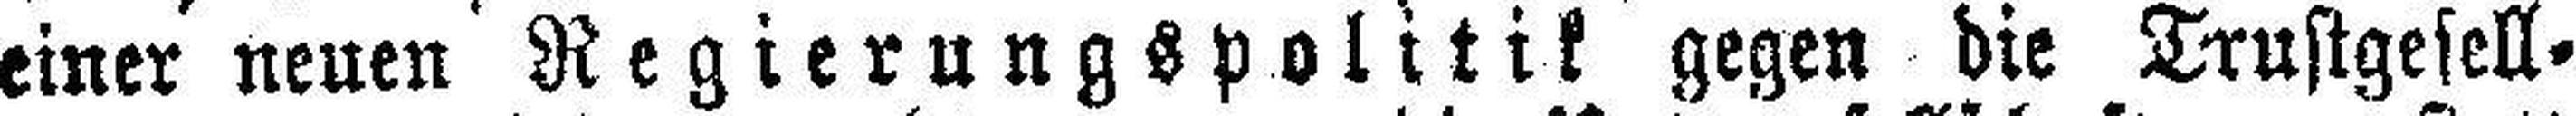
einer neuen Regierungspolitik gegen die Trustgesell¬